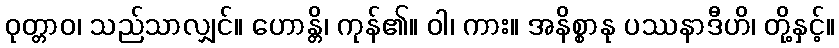
ဝုတ္တာဝ၊ သည်သာလျှင်။ ဟောန္တိ၊ ကုန်၏။ ဝါ၊ ကား။ အနိစ္စာနု ပဿနာဒီဟိ၊ တို့နှင့်။